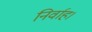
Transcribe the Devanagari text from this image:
निर्वाह।